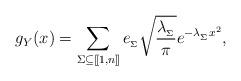
LaTeX: \begin{align*} g_Y(x) = \sum_{\Sigma\subseteq [\![1,n]\!]}e_{_\Sigma}\sqrt{\frac{\lambda_{_\Sigma}}{\pi}}e^{-\lambda_{_\Sigma}x^2},\end{align*}